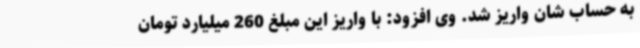
به حساب شان واریز شد. وی افزود: با واریز این مبلغ 260 میلیارد تومان